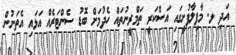
އަދި ޅ. މާފިލާފުށީގައި އަސްކަރީ ތަމްރީނުތައް ހެދުމަށް ބޮޑު ސެންޓަރެއް އަޅައި އެތަނުން